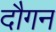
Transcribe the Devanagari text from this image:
दौगन